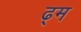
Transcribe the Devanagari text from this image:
ढ्म